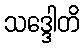
သဒ္ဒေါတိ